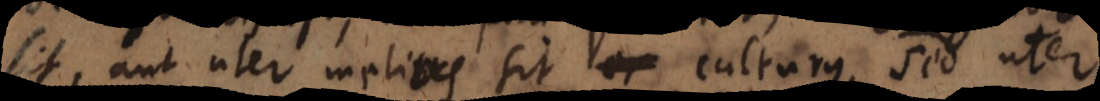
sit, aut uter melius sit culturus, sed uter